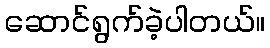
ဆောင်ရွက်ခဲ့ပါတယ်။